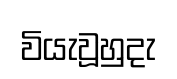
වියැවූහුදැ